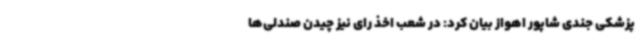
پزشکی جندی شاپور اهواز بیان کرد: در شعب اخذ رای نیز چیدن صندلی‌ها